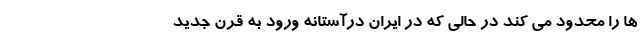
ها را محدود می کند در حالی که در ایرانِ درآستانه ورود به قرن جدید